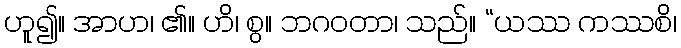
ဟူ၍။ အာဟ၊ ၏။ ဟိ၊ စွ။ ဘဂဝတာ၊ သည်။ “ယဿ ကဿစိ၊